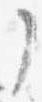
了